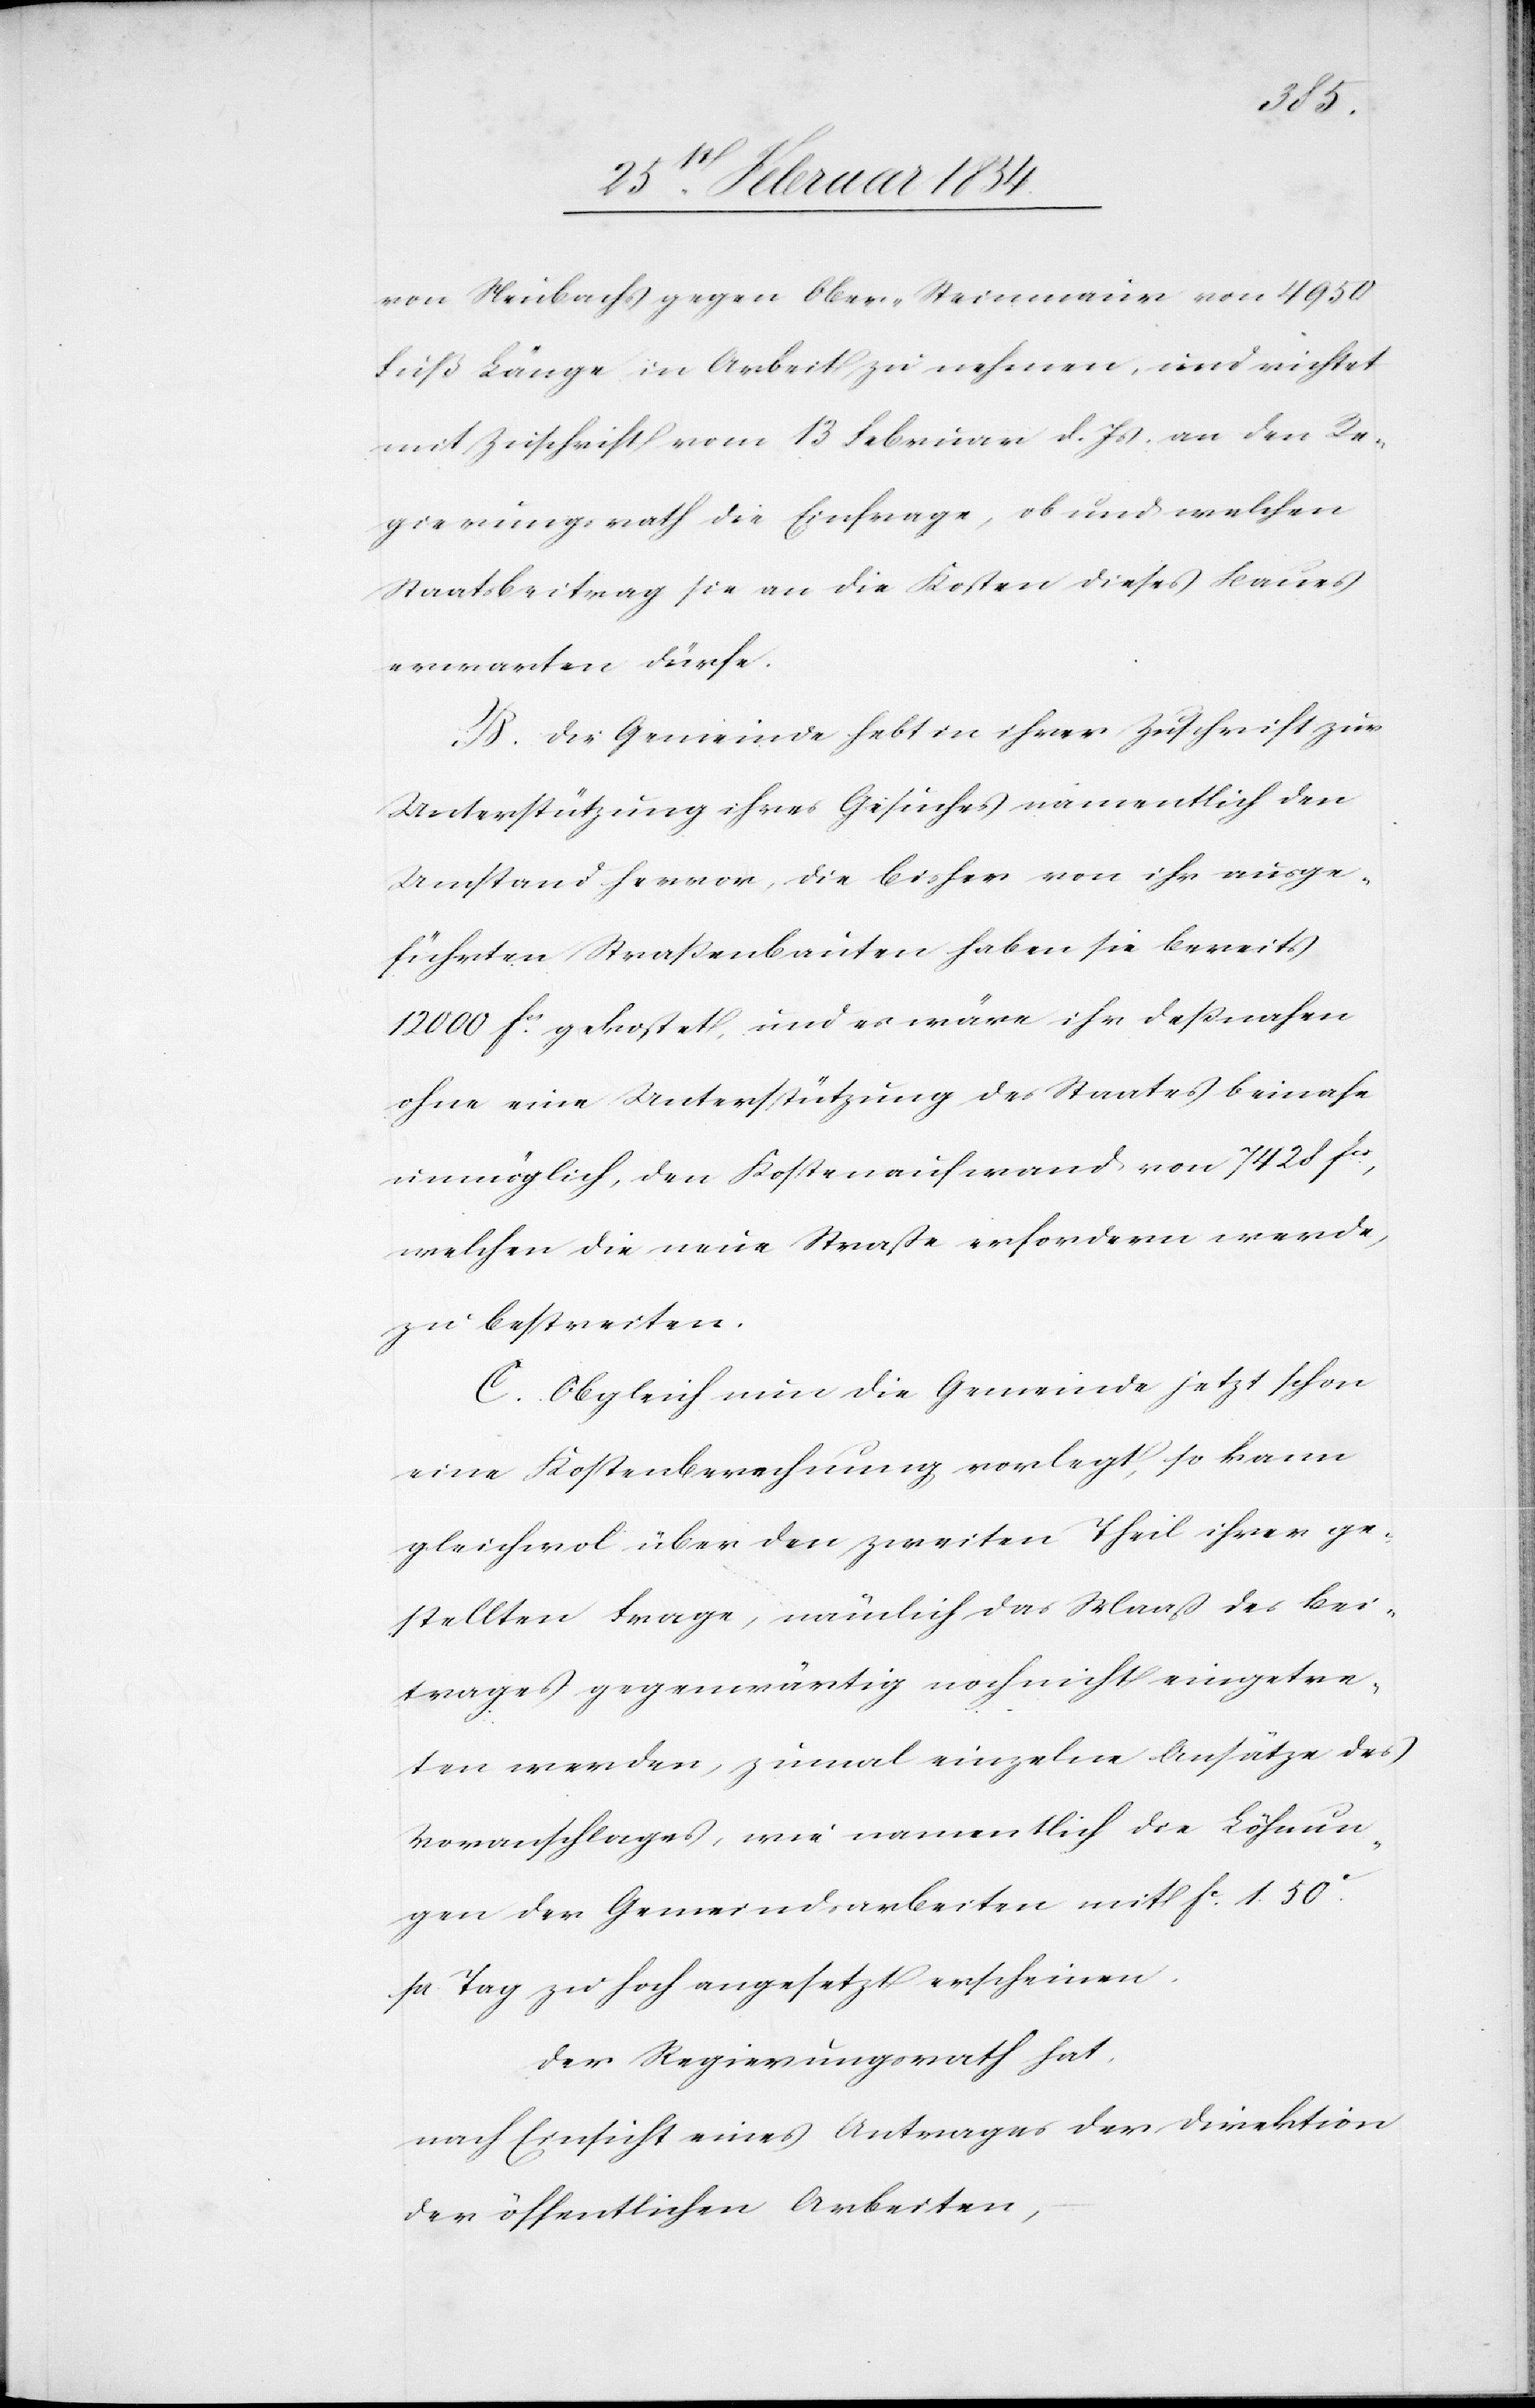
von Neubachs gegen Ober-Steinmaur von 4950
Fuß Länge in Arbeit zu nehmen, und richtet
mit Zuschrift vom 13 Februar d. Js, an den Re¬
gierungsrath die Einfrage, ob und welchen
Staatsbeitrag sie an die Kosten dieses Baues
erwarten dürfe.
B. Die Gemeinde hebt in ihrer Zuschrift zur
Unterstützung ihres Gesuches namentlich den
Umstand hervor, die bisher von ihr ausge¬
führten Straßenbauten haben sie bereits
12 000 Fcs gekostet, und es wäre ihr deßnahen
ohne eine Unterstützung des Staates beinahe
unmöglich, den Kostenaufwand von 7428 Fcs,
welchen die neue Straße erfordern werde,
zu bestreiten.
C. Obgleich nun die Gemeinde jetzt schon
eine Kostenberechnung vorlegt, so kann
gleichwol über den zweiten Theil ihrer ge¬
stellten Frage, nämlich das Maaß des Bei¬
trages gegenwärtig noch nicht eingetre¬
ten werden, zumal einzelne Ansätze des
Voranschlages, wie namentlich die Löhnun¬
gen der Gemeindsarbeiten mit Fc 1.50c
pr. Tag zu hoch angesetzt erscheinen.
Der Regierungsrath hat,
nach Einsicht eines Antrages der Direktion
der öffentlichen Arbeiten,